Jarvakandi_vallavalitsus, lk 83
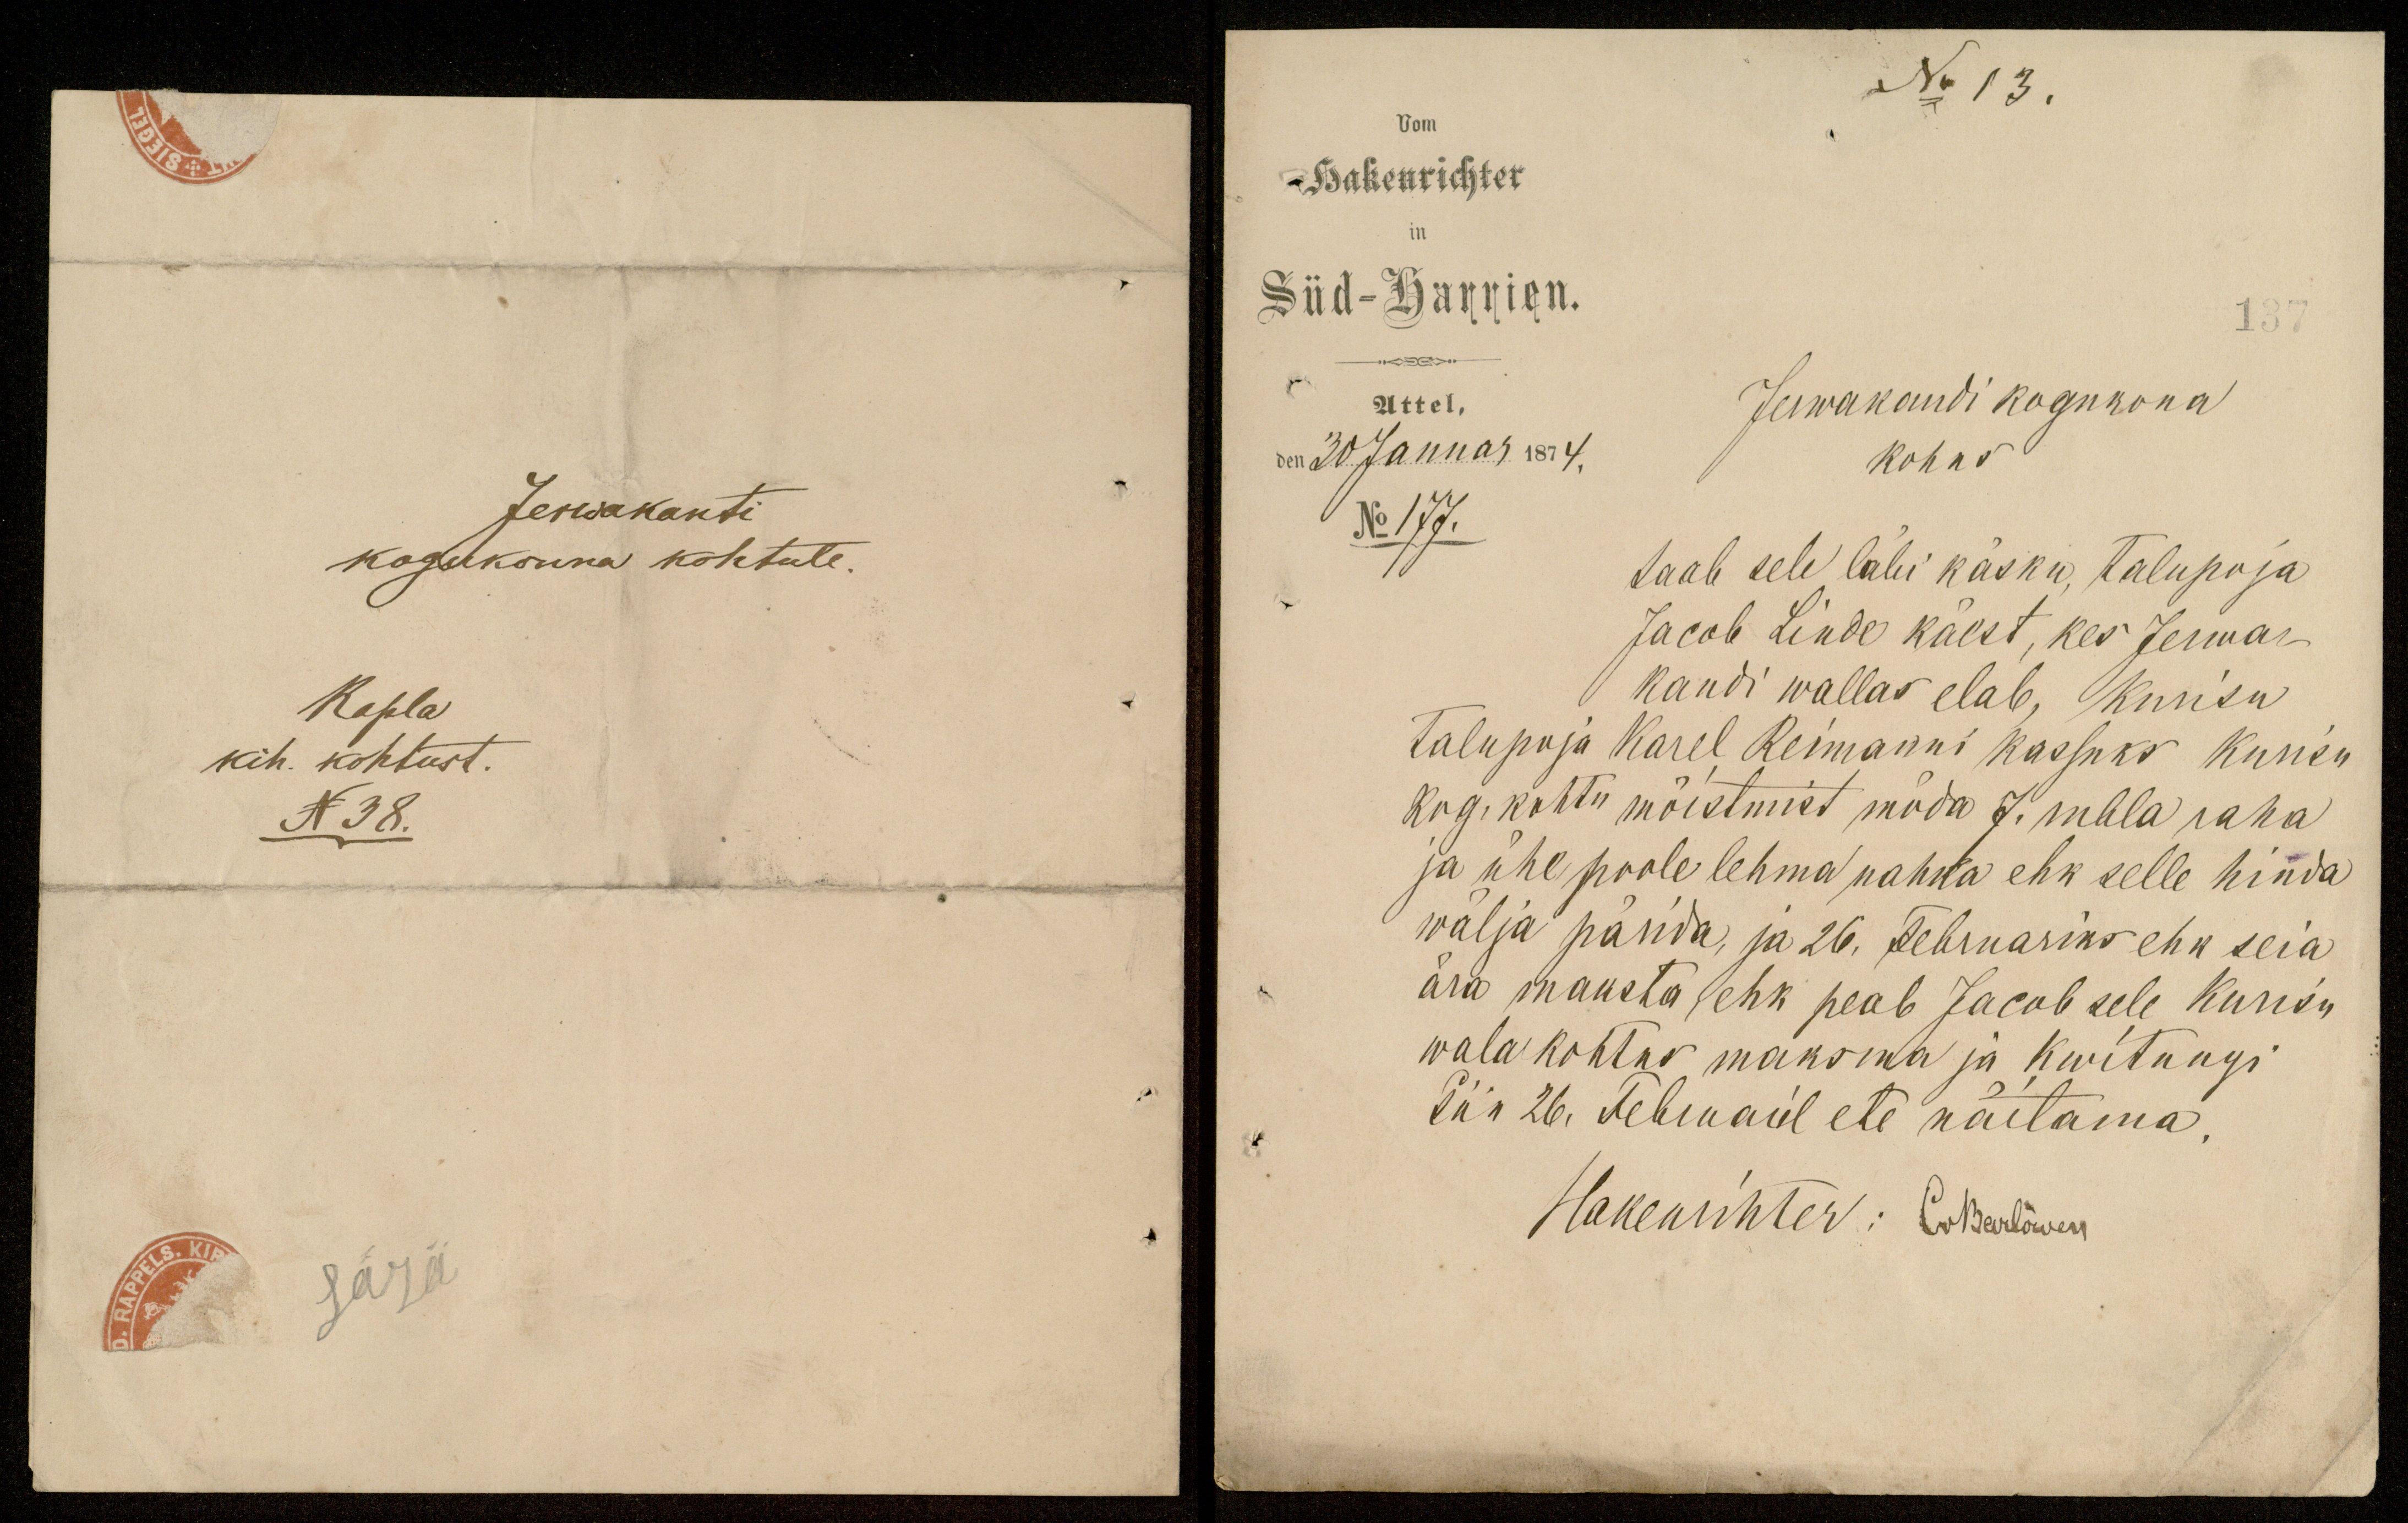
No 13.
Hakenrichter
Süd-Harrien.
137
Jerwakandi kogukona
Attel,
den 30 Januar 1874,
kohus
No 177.
saab sele läbi käsku, talupoja
Jacob Linde käest, kes Jerwa
kandi wallas elab, kunsu
Talupoja Karel Reimanni kassuks kuusu
kog, kohtu mõistmist möda 7. rubla raha
ja ühe poole lehma nahka ehk selle hinda
wälja pärida, ja 26. Februariks ehk seia
ära maksta ehk peab Jacob sele kurisi
wala kohtus maksma ja kwitungi
Tän 26. Februaril ete näitama.
Hakenrihter: Oskarlõwen

Jerwakanti
kogukonna kohtule.
Rapla
kih. kohtust.
N 38.